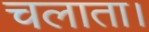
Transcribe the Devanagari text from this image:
चलाता।